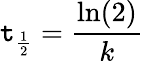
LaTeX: \mathtt{t}_{\frac{{1}}{{2}}}={\frac{{\ln(2)}}{{k}}}